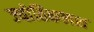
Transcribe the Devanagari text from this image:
ज्योतिकलश